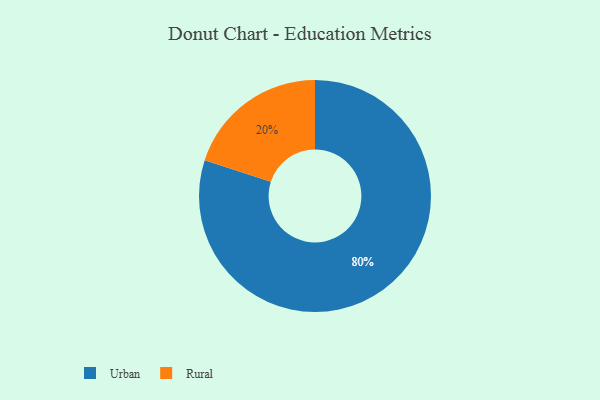
{"axis": {"x": "Category", "y": "Percentage"}, "legend": ["Rural", "Urban"], "data": [{"x": "Rural", "y": 20, "type": "Rural"}, {"x": "Urban", "y": 80, "type": "Urban"}]}